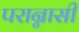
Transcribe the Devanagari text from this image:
परान्नासी